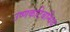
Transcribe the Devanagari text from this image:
उष्णकटिबन्धिय